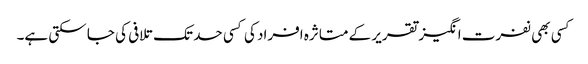
کسی بھی نفرت انگیز تقریر کے متاثرہ افراد کی کسی حد تک تلافی کی جا سکتی ہے۔